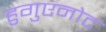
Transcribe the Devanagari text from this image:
हुगुएनोट